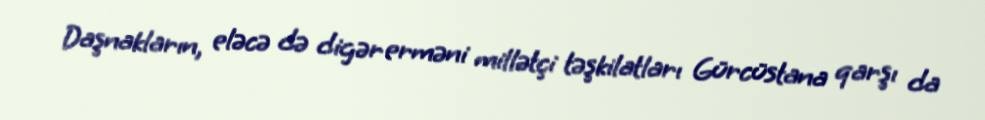
Daşnakların, eləcə də digər erməni millətçi təşkilatları Gürcüstana qarşı da